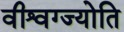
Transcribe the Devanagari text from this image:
वीश्वग्ज्योति